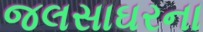
જલસાઘરના